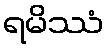
ရမိဿံ